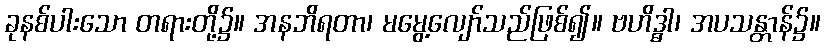
ခုနစ်ပါးသော တရားတို့၌။ အနဘိရတာ၊ မမွေ့လျော်သည်ဖြစ်၍။ ဗဟိဒ္ဓါ၊ အပသန္တာန်၌။